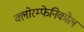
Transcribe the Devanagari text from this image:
क्लोरम्फेनिकोल